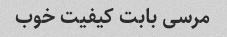
مرسی بابت کیفیت خوب